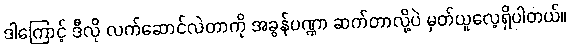
ဒါကြောင့် ဒီလို လက်ဆောင်လဲတာကို အခွန်ပဏ္ဏာ ဆက်တာလို့ပဲ မှတ်ယူလေ့ရှိပါတယ်။